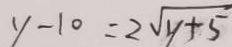
y - 1 0 = 2 \sqrt { y + 5 }